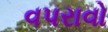
વપરાવો